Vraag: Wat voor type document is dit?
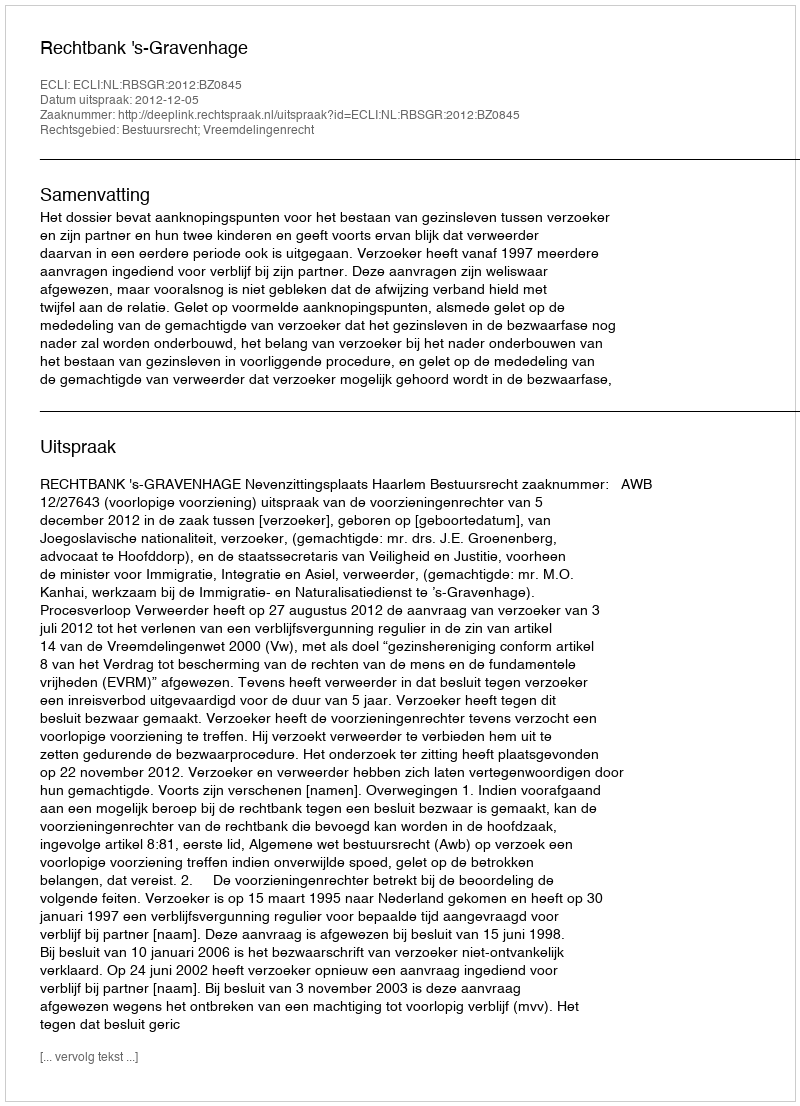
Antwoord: Uitspraak